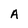
Character: A